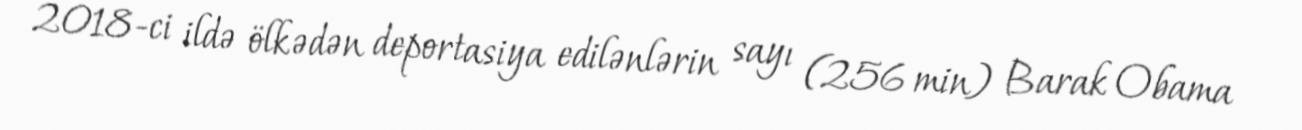
2018-ci ildə ölkədən deportasiya edilənlərin sayı (256 min) Barak Obama